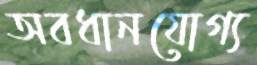
অবধানযোগ্য